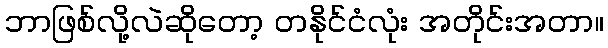
ဘာဖြစ်လို့လဲဆိုတော့ တနိုင်ငံလုံး အတိုင်းအတာ။